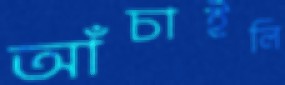
আঁচাইলি